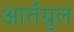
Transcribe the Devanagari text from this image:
आर्तग्रुल